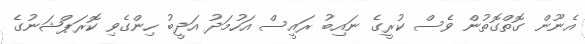
އެނޫން ގޮތްގޮތުން ވެސް ކުރީގެ ނައިބު ރައީސް އަހުމަދު އަދީބު ހިންގެވި ކޮރަޕްޝަނުގެ